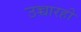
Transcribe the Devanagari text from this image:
उच्चारही